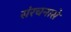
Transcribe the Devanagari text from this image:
संरचनासे